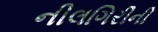
નીલગિરીની